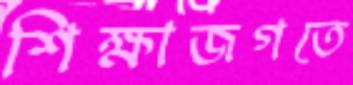
শিক্ষাজগতে